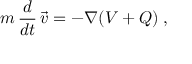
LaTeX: m \, { \frac { d } { d t } } \, { \vec { v } } = - \nabla ( V + Q ) \; ,